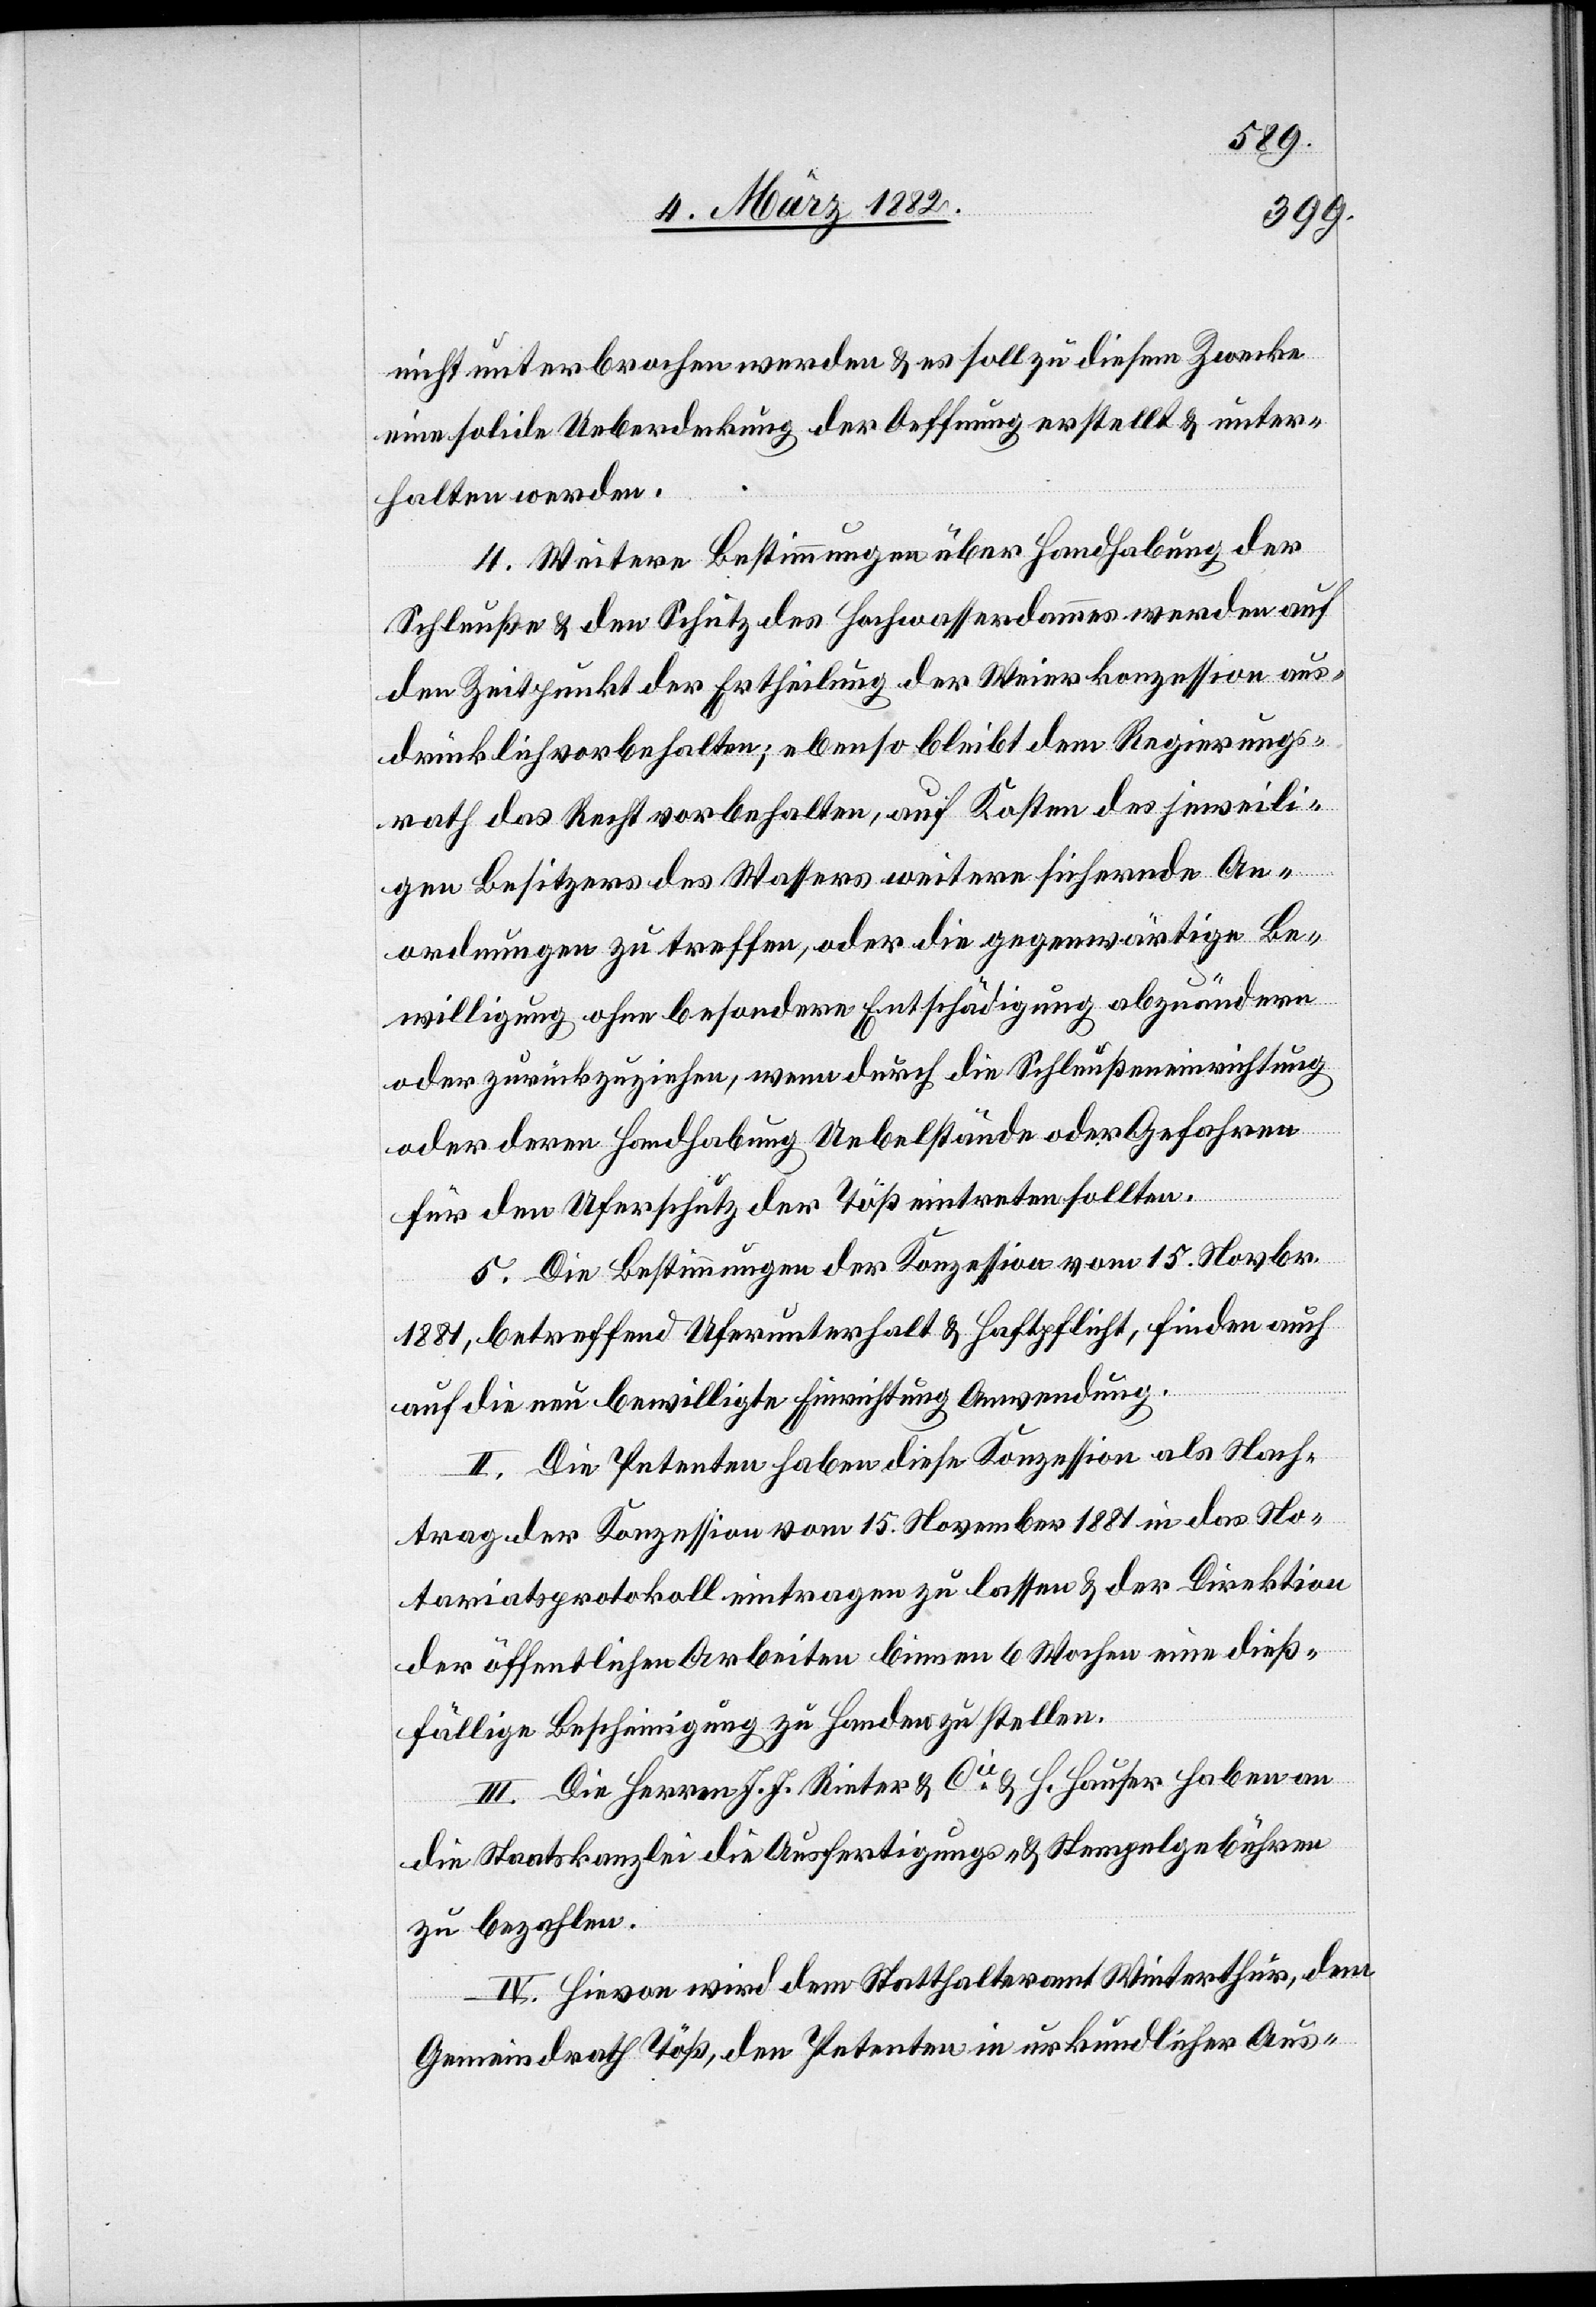
nicht unterbrochen werden & es soll zu diesem Zwecke
eine solide Ueberdeckung der Oeffnung erstellt & unter¬
halten werden.
4. Weitere Bestimmungen über Handhabung der
Schleuße & den Schutz des Hochwasserdammes werden auf
den Zeitpunkt der Ertheilung der Weierkonzession aus¬
drücklich vorbehalten; ebenso bleibt dem Regierungs¬
rath das Recht vorbehalten, auf Kosten des jeweili¬
gen Besitzes des Wassers weitere sichernde An¬
ordnungen zu treffen, oder die gegenwärtige Be¬
willigung ohne besondere Entschädigung abzuändern
oder zurückzuziehen, wenn durch die Schleußeneinrichtung
oder deren Handhabung Uebelstände oder Gefahren
für den Uferschutz der Töß eintreten sollten.
5. Die Bestimmungen der Konzession vom 15. Novbr.
1881, betreffend Uferunterhalt & Haftpflicht, finden auch
auf die neu bewilligte Einrichtung Anwendung.
II. Die Petenten haben diese Konzession als Nach¬
trag der Konzession vom 15. November 1881 in das No¬
tariatsprotokoll eintragen zu lassen & der Direktion
der öffentlichen Arbeiten binnen 6 Wochen eine dieß¬
fällige Bescheinigung zu Handen zu stellen.
III. Die Herren J. J. Rieter & Cie & H. Hauser haben an
die Staatskanzlei die Ausfertigungs- & Stempelgebühren
zu bezahlen.
IV. Hievon wird dem Statthalteramt Winterthur, dem
Gemeindrath Töß, den Petenten in urkundlicher Aus-